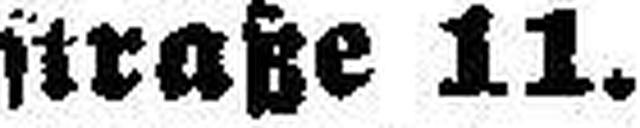
straße 11.